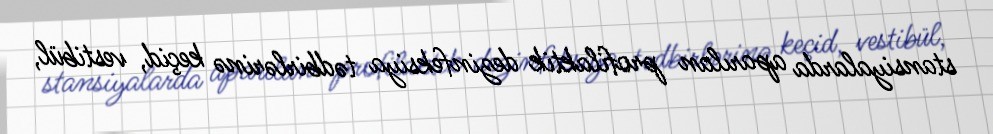
stansiyalarda aparılan profilaktik dezinfeksiya tədbirlərinə keçid, vestibül,